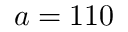
a = 1 1 0